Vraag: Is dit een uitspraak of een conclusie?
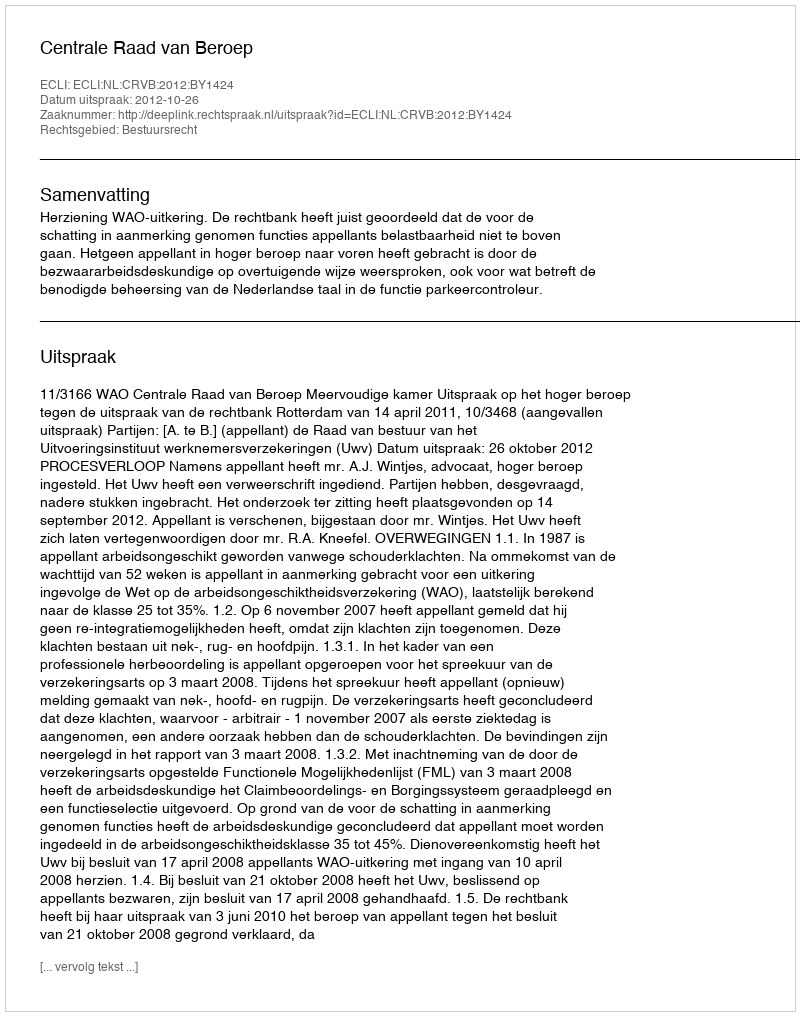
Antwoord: Uitspraak